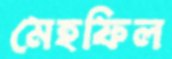
মেহফিল